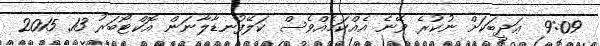
9:09  ޢަދީބަކަށް ނުކުރެ ވޭނެ އެއްކަމެއްވެސް ކަލޭފުނޑާލާނަން އޮކްޓޯބަރު 13